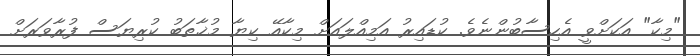
"މިކާ" އަކަށްވީ އެހިސާބުންނެވެ. ކުޑައިރު އަމިއްލައަށް މިކާއޭ ކިޔާ މުޚާތަބު ކުރިޔަސް ފުރާވަރަށް